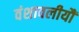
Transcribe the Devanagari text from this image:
वंशावलीयौं